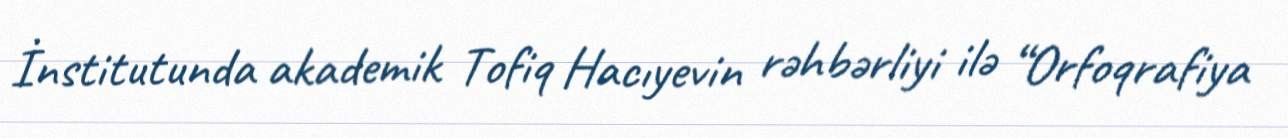
İnstitutunda akademik Tofiq Hacıyevin rəhbərliyi ilə “Orfoqrafiya